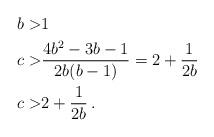
LaTeX: \begin{align*}b > & 1\\c > & \frac{4b^2-3b-1}{2b (b-1)} = 2 + \frac{1}{2b}\\c > & 2 + \frac{1}{2b}\, .\end{align*}